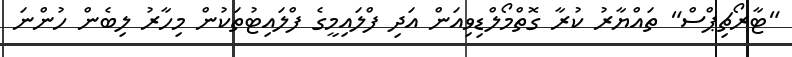
"ޓާރޯޗިޕްސް" ތައްޔާރު ކުރާ ގޮތްމޯލްޑިވިއަން އަދި ފްލައިމީގެ ފްލައިޓުތަކުން މިހާރު ލިބެން ހުންނަ